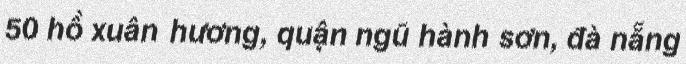
50 hồ xuân hương, quận ngũ hành sơn, đà nẵng